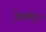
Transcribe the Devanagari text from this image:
जिएमैटी